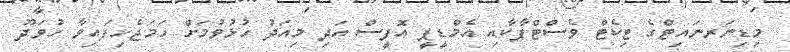
މިޑިނަރނައިޓްގެ ޓިކެޓް ވެސްޓްޕާކާއި އެމްޑީޕީ އޮފީސް އަދި މިއަދު ހުޅުވުމަށް ހަމަޖެހިފައިވާ ހުވަދޫ